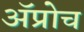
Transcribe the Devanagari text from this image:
अॅप्रोच